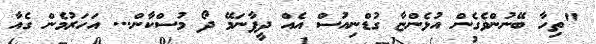
"ތިހާ ބޭނުންވެގެން އުޅެންޏާ ގުޑްނިއުސް އެއް ދީފާނަމޭ ދޯ މުސްކާން... އަހަރުމެން ގެއާ